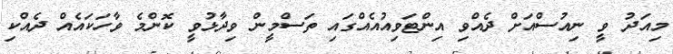
މިއަދު ވީ ނިއުސްއަށް ދެއްވި އިންޓަވިއުއެއްގައި ތަސްމީން ވިދާޅުވީ ކޮންމެ ވާހަކައެއް ދެއްކި